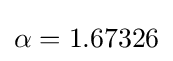
\alpha =1.67326